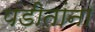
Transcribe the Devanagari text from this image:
पंडीतांना